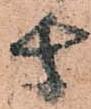
由